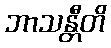
ဘာသန္တီတိ